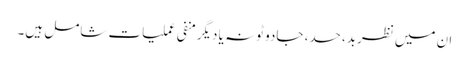
ان میں نظربد، حسد، جادو ٹونہ یا دیگرمنفی عملیات شامل ہیں۔